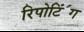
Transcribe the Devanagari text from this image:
रिपोटि॔ंग